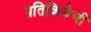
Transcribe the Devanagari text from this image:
प्रतिक्रियेची